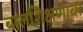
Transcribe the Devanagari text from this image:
बालशिक्षणावर